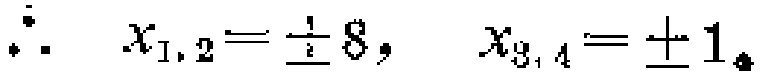
\(\therefore \quad x_{1,2}=\frac{1}{2}8, \quad x_{3,4}=\pm 1\)